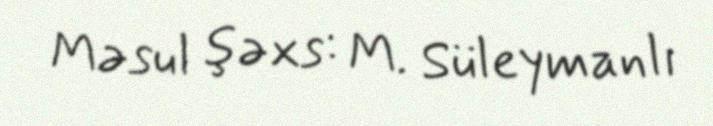
Məsul şəxs: M. Süleymanlı